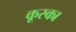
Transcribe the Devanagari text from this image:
कूस्का